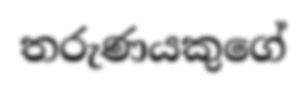
තරුණයකුගේ